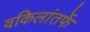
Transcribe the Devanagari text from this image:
वकिलांतर्फे